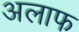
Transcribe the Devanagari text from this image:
अलाफ